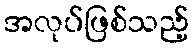
အလုပ်ဖြစ်သည့်